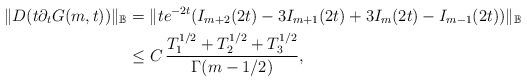
LaTeX: \begin{align*}\|D(t\partial_tG(m,t))\|_{\mathbb{B}}&= \|te^{-2t} (I_{m+2}(2t) - 3I_{m+1}(2t) + 3I_{m}(2t)-I_{m-1}(2t))\|_{\mathbb{B}}\\&\le C \,\frac{T_1^{1/2}+T_2^{1/2}+T_3^{1/2}}{\Gamma(m-1/2)},\end{align*}